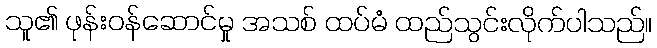
သူ၏ ဖုန်းဝန်ဆောင်မှု အသစ် ထပ်မံ ထည်သွင်းလိုက်ပါသည်။